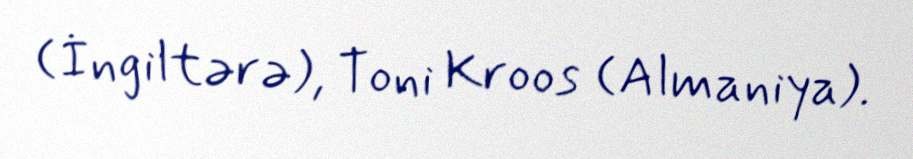
(İngiltərə), Toni Kroos (Almaniya).